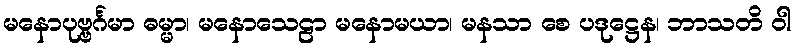
မနောပုဗ္ဗင်္ဂမာ ဓမ္မာ၊ မနောသေဠာ မနောမယာ၊ မနသာ စေ ပဒုဋ္ဌေန၊ ဘာသတိ ဝါ